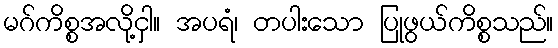
မဂ်ကိစ္စအလို့ငှါ။ အပရံ၊ တပါးသော ပြုဖွယ်ကိစ္စသည်။